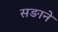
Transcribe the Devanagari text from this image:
सङाने